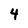
Character: 4